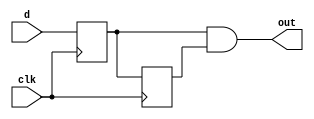
`timescale 1ns / 1ps
//////////////////////////////////////////////////////////////////////////////////
// Company: 
// Engineer: 
// 
// Design Name: 
// Module Name: bounce
// Project Name: 
// Target Devices: 
// Tool Versions: 
// Description: 
// 
// Dependencies: 
// 
// Revision:
// Revision 0.01 - File Created
// Additional Comments:
// 
//////////////////////////////////////////////////////////////////////////////////


module bounce(
        output wire out,
        input d,
        input clk
    );
    
    reg q;
    reg q_prev;
    initial begin
        q <= 0;
        q_prev <=0;
    end
    
    assign out = q && q_prev;
    always @(posedge clk) begin
        q <= d;
        q_prev <= q;
    end
    
endmodule